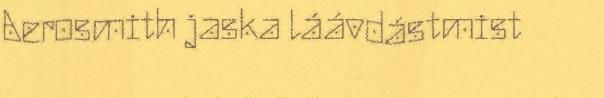
Aerosmith jaska láávdástmist